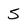
Character: 5